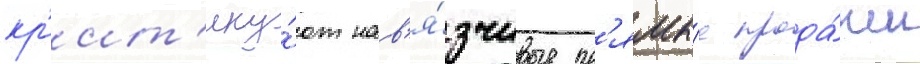
кр'ит'ику́ют нав'я́зчивые пр'ямы́е прода́жи